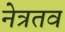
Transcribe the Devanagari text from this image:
नेत्रतव